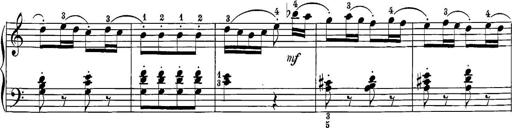
Title: 12 Sonatine per Pianoforte
Composer: Friedrich Kuhlau